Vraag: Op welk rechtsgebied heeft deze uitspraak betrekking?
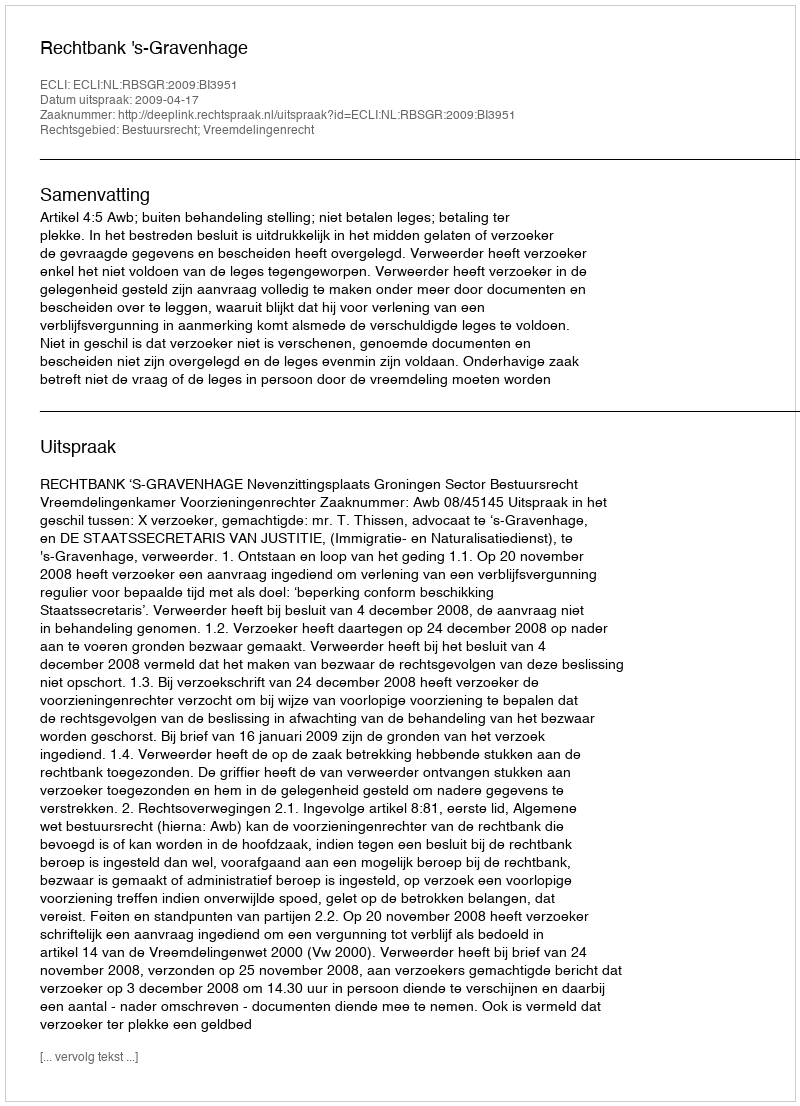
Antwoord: Bestuursrecht; Vreemdelingenrecht